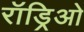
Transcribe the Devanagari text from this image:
रॉड्रिओ